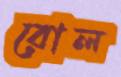
রোল